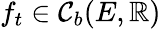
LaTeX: f_{t}\in\mathcal{C}_{b}(E,\mathbb{R})